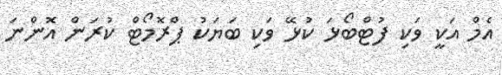
އެމް އަކީ ވަކި ފުޓްބޯޅަ ކުޅޭ ވަކި ބަޔަކު ޕްރޮމޯޓް ކުރަން އޮންނަ